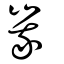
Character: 峩